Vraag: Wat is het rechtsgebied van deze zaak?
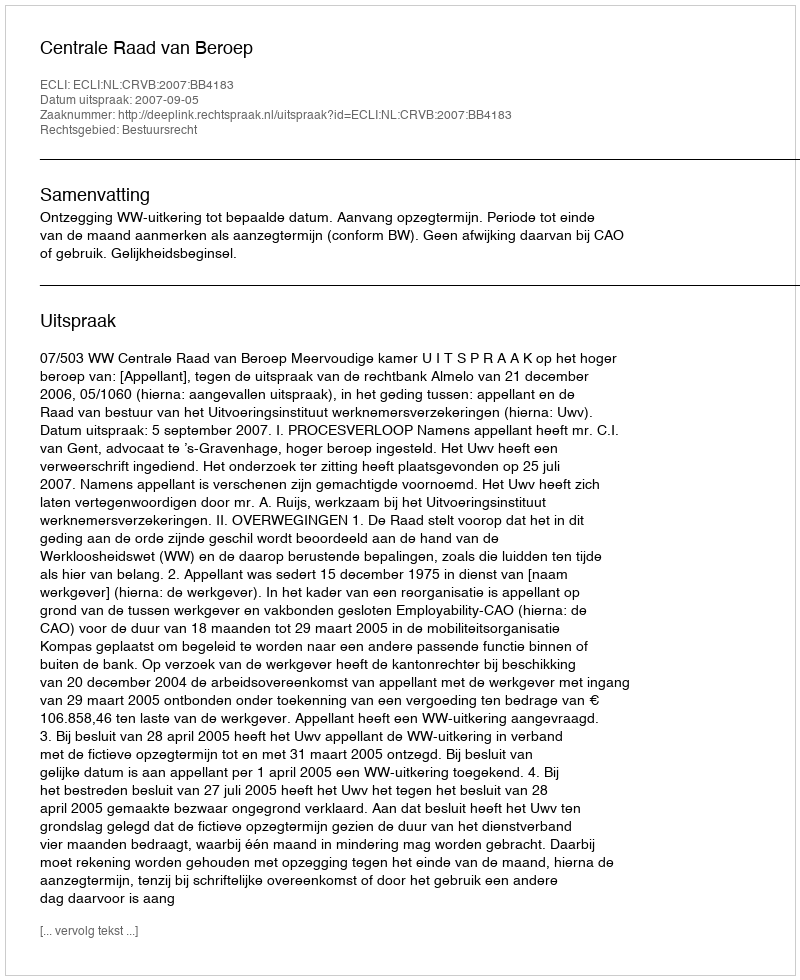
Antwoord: Bestuursrecht